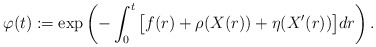
\begin{align*}\varphi(t):=\exp\left(-\int_0^t \big[f(r)+\rho(X(r))+\eta(X^{\prime}(r))\big]dr \right).\end{align*}